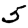
Digit: 5